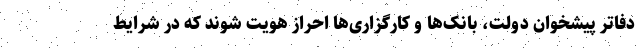
دفاتر پیشخوان دولت، بانک‌ها و کارگزاری‌ها احراز هویت شوند که در شرایط